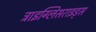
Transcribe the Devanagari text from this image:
ट्राइग्लिसराइड्स